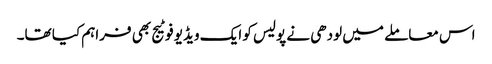
اس معاملے میں لودھی نے پولیس کو ایک ویڈیو فوٹیج بھی فراہم کیا تھا۔